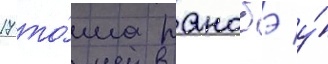
17 то́ма ранобэ у́